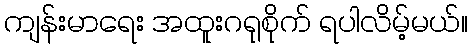
ကျန်းမာရေး အထူးဂရုစိုက် ရပါလိမ့်မယ်။